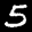
Label: 5